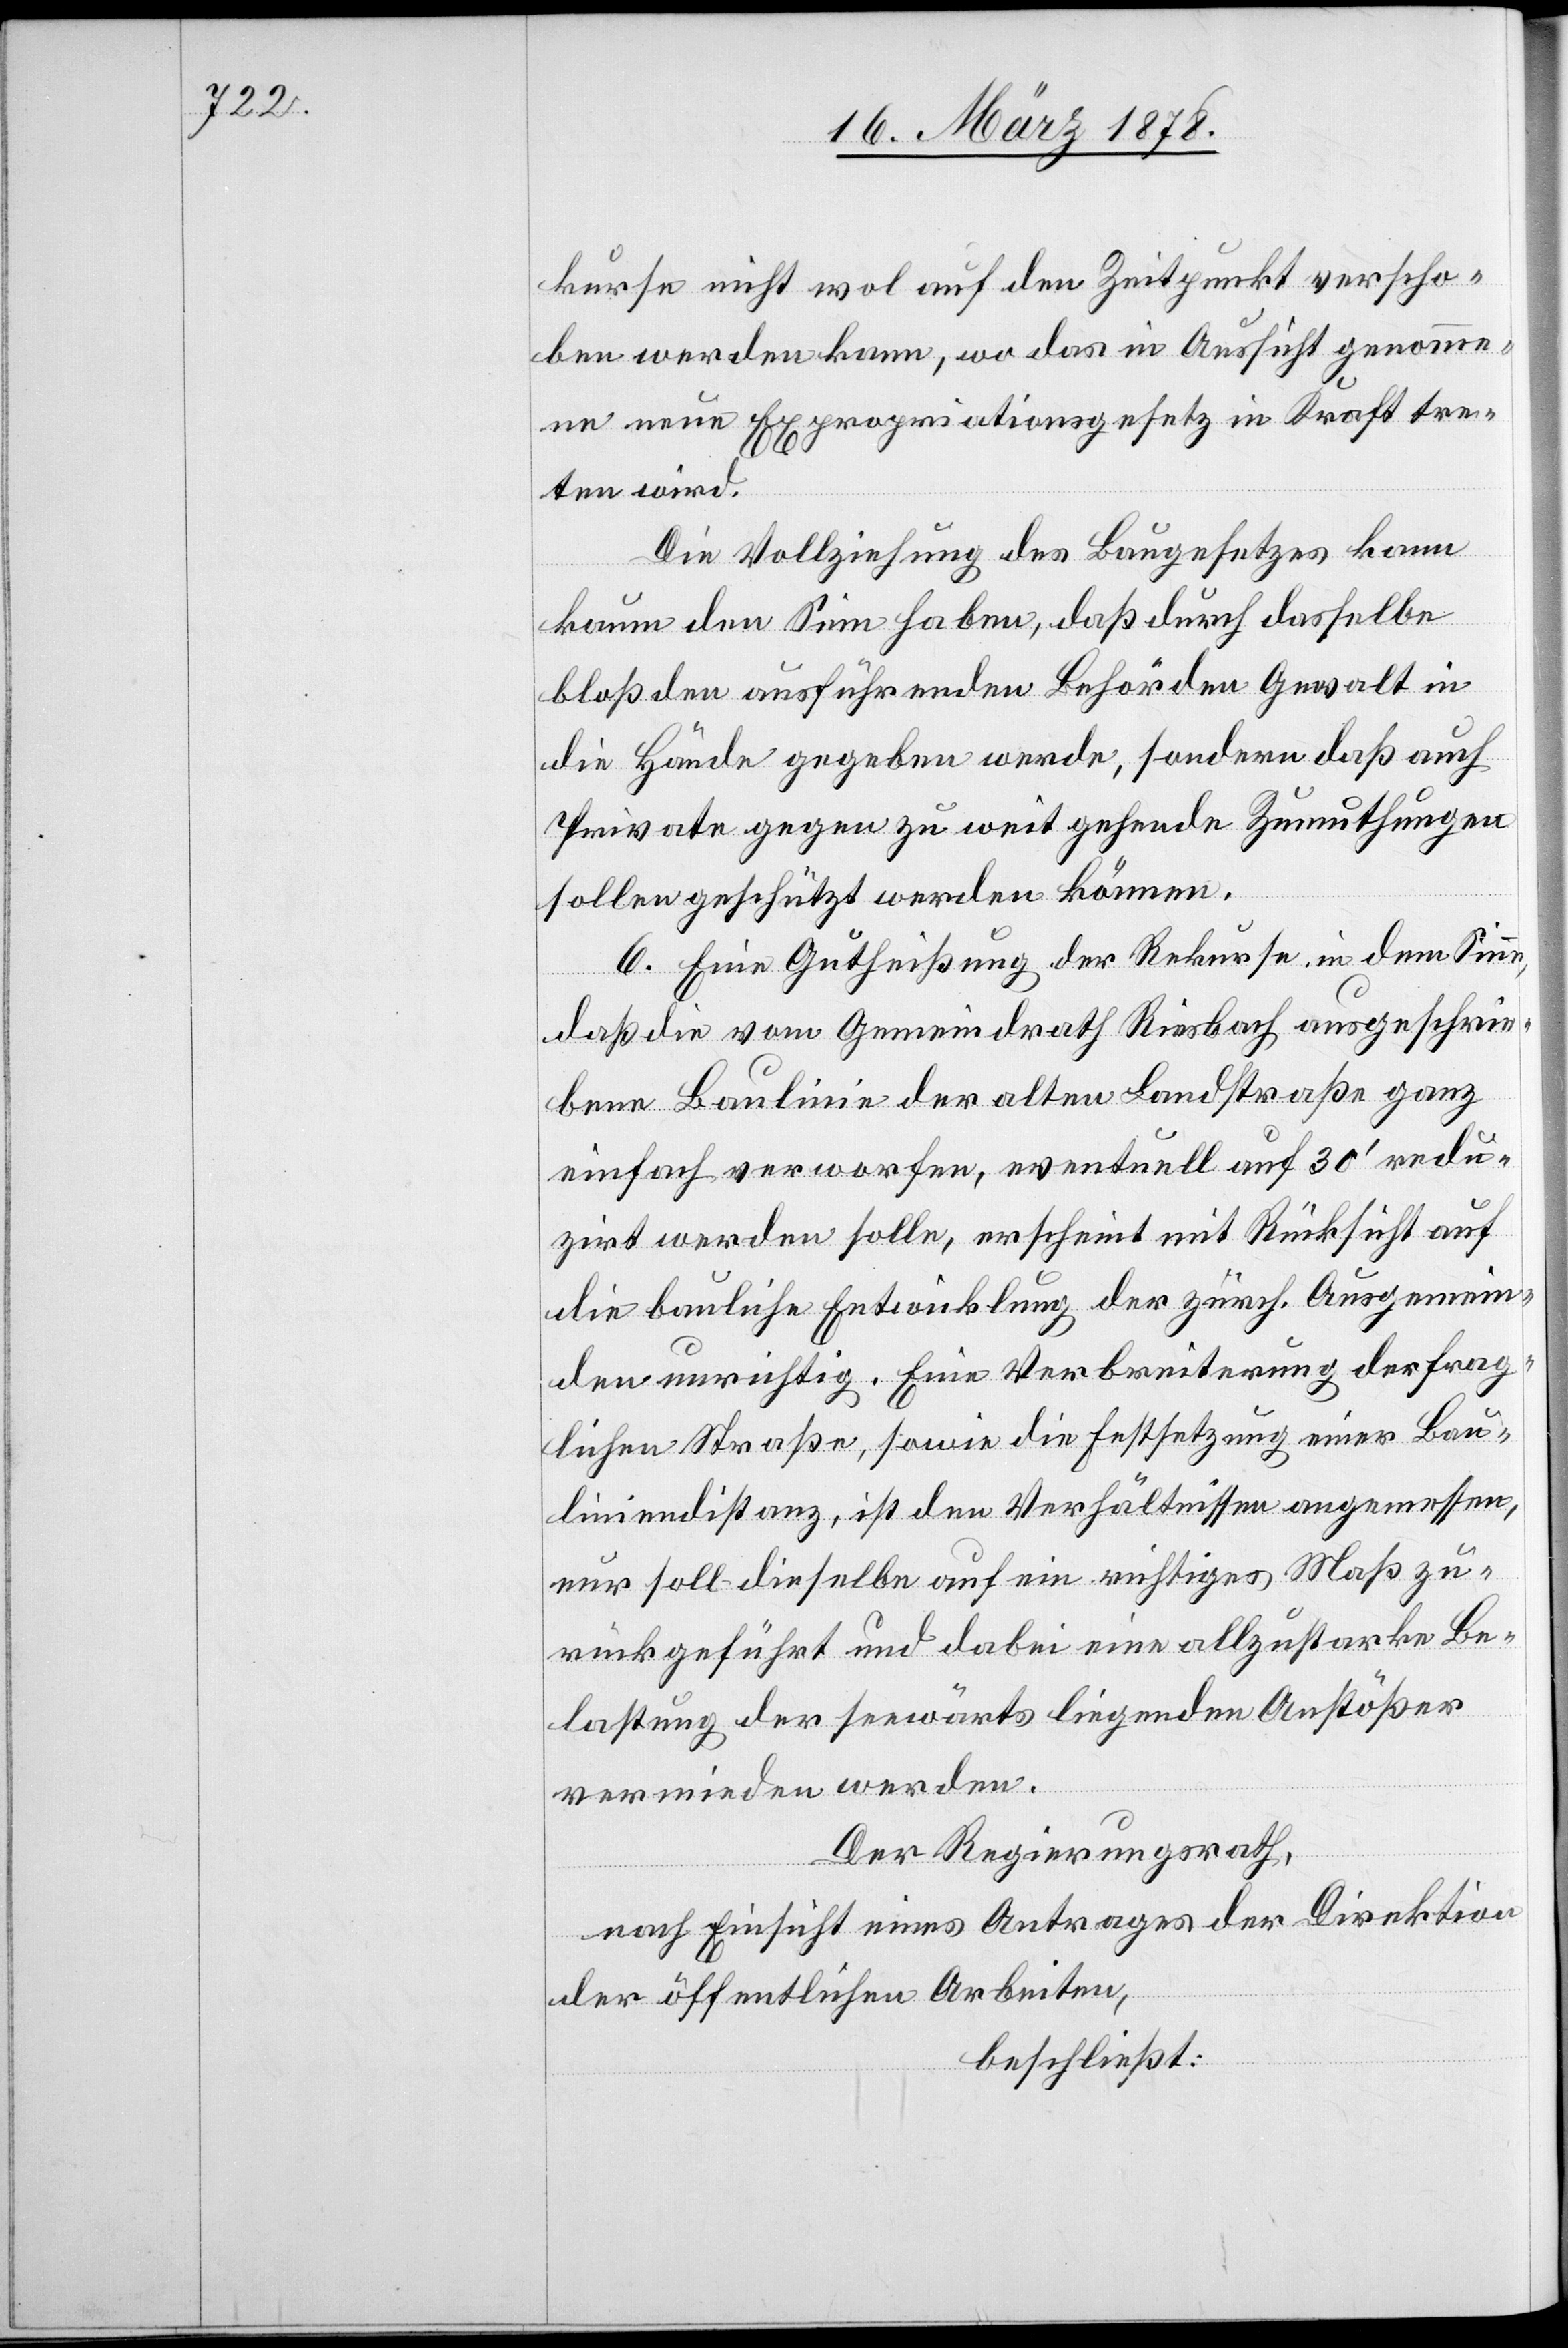
kurse nicht wol auf den Zeitpunkt verscho¬
ben werden kann, wo das in Aussicht genomme¬
ne neue Expropriationsgesetz in Kraft tre¬
ten wird.
Die Vollziehung des Baugesetzes kann
kaum den Sinn haben, daß durch dasselbe
bloß den ausführenden Behörden Gewalt in
die Hände gegeben werde, sondern daß auch
Private gegen zu weit gehende Zumuthungen
sollen geschützt werden können.
6. Eine Gutheißung der Rekurse in dem Sinn,
daß die vom Gemeindrath Riesbach ausgeschrie¬
bene Baulinie der alten Landstraße ganz
einfach verworfen, eventuell auf 30’ redu¬
zirt werden solle, erscheint mit Rücksicht auf
die bauliche Entwicklung der zürch. Ausgemein¬
den unrichtig. Eine Verbreiterung der frag¬
lichen Straße, sowie die Festsetzung einer Bau¬
liniendistanz, ist den Verhältnissen angemessen,
nur soll dieselbe auf ein richtiges Maß zu¬
rückgeführt und dabei eine allzustarke Be¬
lastung der seewärts liegenden Anstößer
vermieden werden.
Der Regierungsrath,
nach Einsicht eines Antrages der Direktion
der öffentlichen Arbeiten,
beschließt: